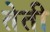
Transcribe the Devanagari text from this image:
तेती